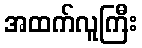
အထက်လူကြီး